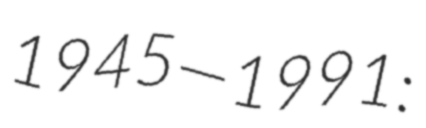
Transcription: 1945—1991: